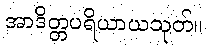
အာဒိတ္တပရိယာယသုတ်။